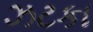
ઝટકા